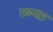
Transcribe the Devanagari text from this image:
तब्यत